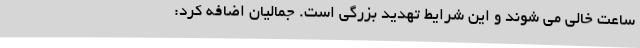
ساعت خالی می شوند و این شرایط تهدید بزرگی است. جمالیان اضافه کرد: